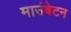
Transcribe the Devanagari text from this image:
माउंबेटन